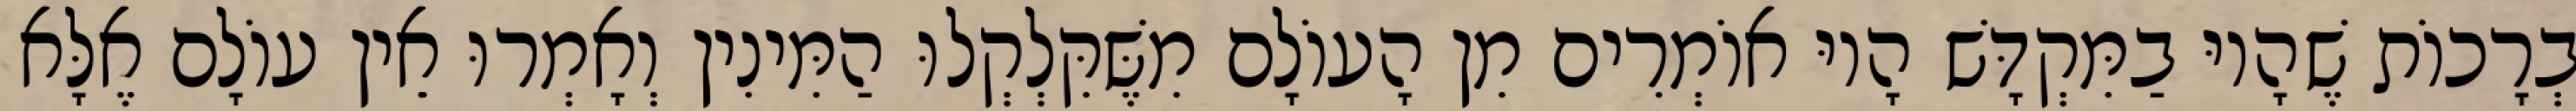
בְרָכוֹת שֶׁהָיוּ בַמִּקְדָּשׁ הָיוּ אוֹמְרִים מִן הָעוֹלָם מִשֶּׁקִּלְקְלוּ הַמִּינִין וְאָמְרוּ אֵין עוֹלָם אֶלָּא